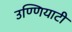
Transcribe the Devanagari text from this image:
उण्णियाटी